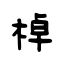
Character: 棹